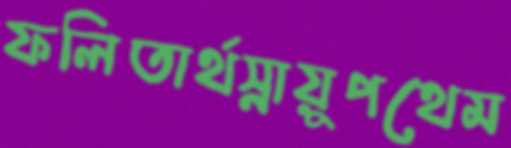
ফলিতার্থস্নায়ুপথেম